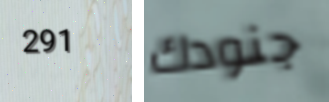
291 جنودك